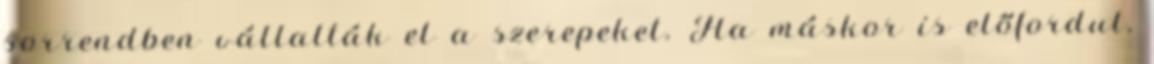
sorrendben vállalták el a szerepeket. Ha máskor is előfordul,